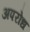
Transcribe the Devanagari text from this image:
अपरोध